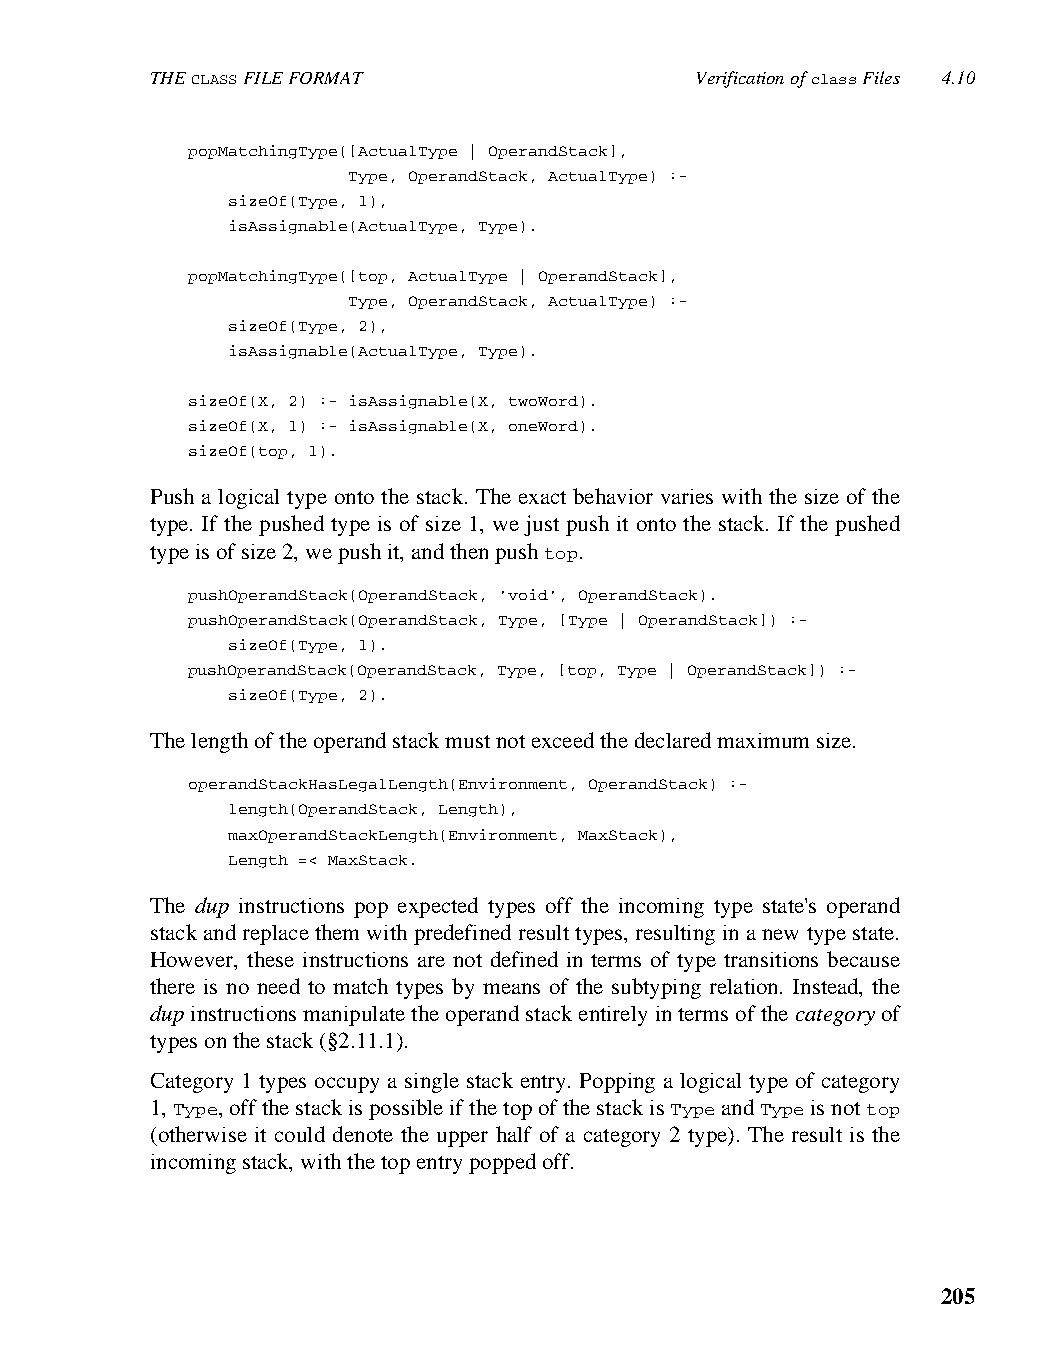
THE CLASS FILE FORMAT               Verification of class Files 4.10
 popMatchingType([ActualType | OperandStack],
 Type, OperandStack, ActualType) :-
 sizeOf(Type, 1),
 isAssignable(ActualType, Type).
 popMatchingType([top, ActualType | OperandStack],
 Type, OperandStack, ActualType) :-
 sizeOf(Type, 2),
 isAssignable(ActualType, Type).
 sizeOf(X, 2) :- isAssignable(X, twoWord).
 sizeOf(X, 1) :- isAssignable(X, oneWord).
 sizeOf(top, 1).
 Push a logical type onto the stack. The exact behavior varies with the size of the
 type. If the pushed type is of size 1, we just push it onto the stack. If the pushed
 type is of size 2, we push it, and then push top.
 pushOperandStack(OperandStack, 'void', OperandStack).
 pushOperandStack(OperandStack, Type, [Type | OperandStack]) :-
 sizeOf(Type, 1).
 pushOperandStack(OperandStack, Type, [top, Type | OperandStack]) :-
 sizeOf(Type, 2).
 The length of the operand stack must not exceed the declared maximum size.
 operandStackHasLegalLength(Environment, OperandStack) :-
 length(OperandStack, Length),
 maxOperandStackLength(Environment, MaxStack),
 Length =< MaxStack.
 The dup instructions pop expected types off the incoming type state's operand
 stack and replace them with predefined result types, resulting in a new type state.
 However, these instructions are not defined in terms of type transitions because
 there is no need to match types by means of the subtyping relation. Instead, the
 dup instructions manipulate the operand stack entirely in terms of the category of
 types on the stack (§2.11.1).
 Category 1 types occupy a single stack entry. Popping a logical type of category
 1, Type, off the stack is possible if the top of the stack is Type and Type is not top
 (otherwise it could denote the upper half of a category 2 type). The result is the
 incoming stack, with the top entry popped off.
 205